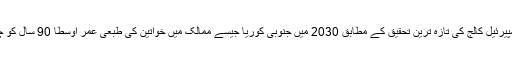
لندن کے امپیرئیل کالج کی تازہ ترین تحقیق کے مطابق 2030 میں جنوبی کوریا جیسے ممالک میں خواتین کی طبعی عمر اوسطاً 90 سال کو چھولے گی۔